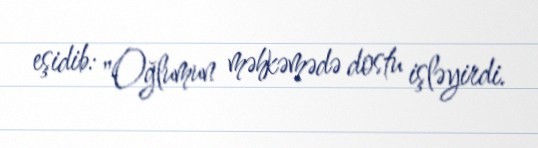
eşidib: "Oğlumun məhkəmədə dostu işləyirdi.